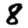
Digit: 8